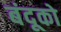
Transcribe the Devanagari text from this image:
बंदूको